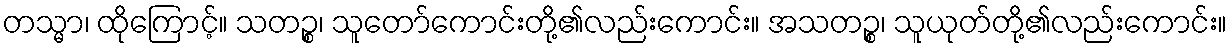
တသ္မာ၊ ထိုကြောင့်။ သတဉ္စ၊ သူတော်ကောင်းတို့၏လည်းကောင်း။ အသတဉ္စ၊ သူယုတ်တို့၏လည်းကောင်း။